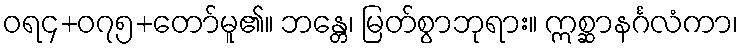
ဝရ၄+၀၇၅+တော်မူ၏။ ဘန္တေ၊ မြတ်စွာဘုရား။ ဣစ္ဆာနင်္ဂလံကာ၊